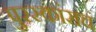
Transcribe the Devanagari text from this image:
पुरस्कांराचं